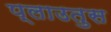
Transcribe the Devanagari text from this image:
प्लाउतुस